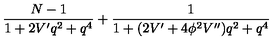
\frac { N - 1 } { 1 + 2 V ^ { \prime } q ^ { 2 } + q ^ { 4 } } + \frac { 1 } { 1 + ( 2 V ^ { \prime } + 4 \phi ^ { 2 } V ^ { \prime \prime } ) q ^ { 2 } + q ^ { 4 } }